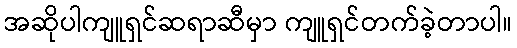
အဆိုပါကျူရှင်ဆရာဆီမှာ ကျူရှင်တက်ခဲ့တာပါ။